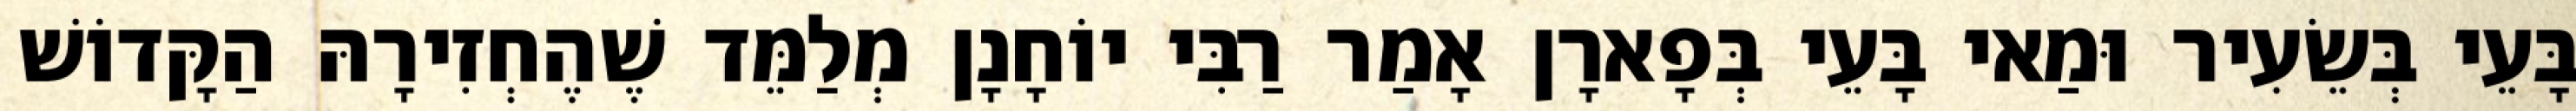
בָּעֵי בְּשֵׂעִיר וּמַאי בָּעֵי בְּפָארָן אָמַר רַבִּי יוֹחָנָן מְלַמֵּד שֶׁהֶחְזִירָהּ הַקָּדוֹשׁ